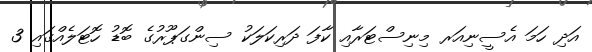
އަދި ހަމަ އެސީނިއަރ މިނިސްޓަރާއި ކާފަ ދަރިކަލަކު ސިންގަޕޫރުގެ ބޮޑު ހޮޓަލެއްގައި 3